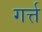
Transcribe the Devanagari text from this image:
गर्त्त